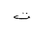
Letter: _ta